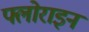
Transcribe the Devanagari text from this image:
फ्लोराइन